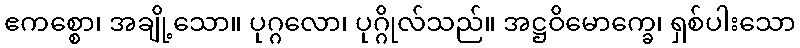
ဧကစ္စော၊ အချို့သော။ ပုဂ္ဂလော၊ ပုဂ္ဂိုလ်သည်။ အဋ္ဌဝိမောက္ခေ၊ ရှစ်ပါးသော